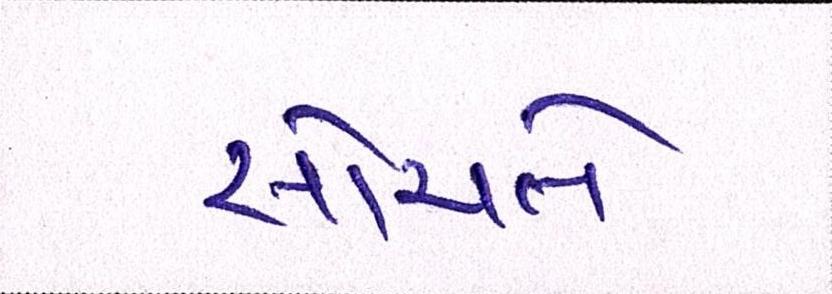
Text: સોચતે